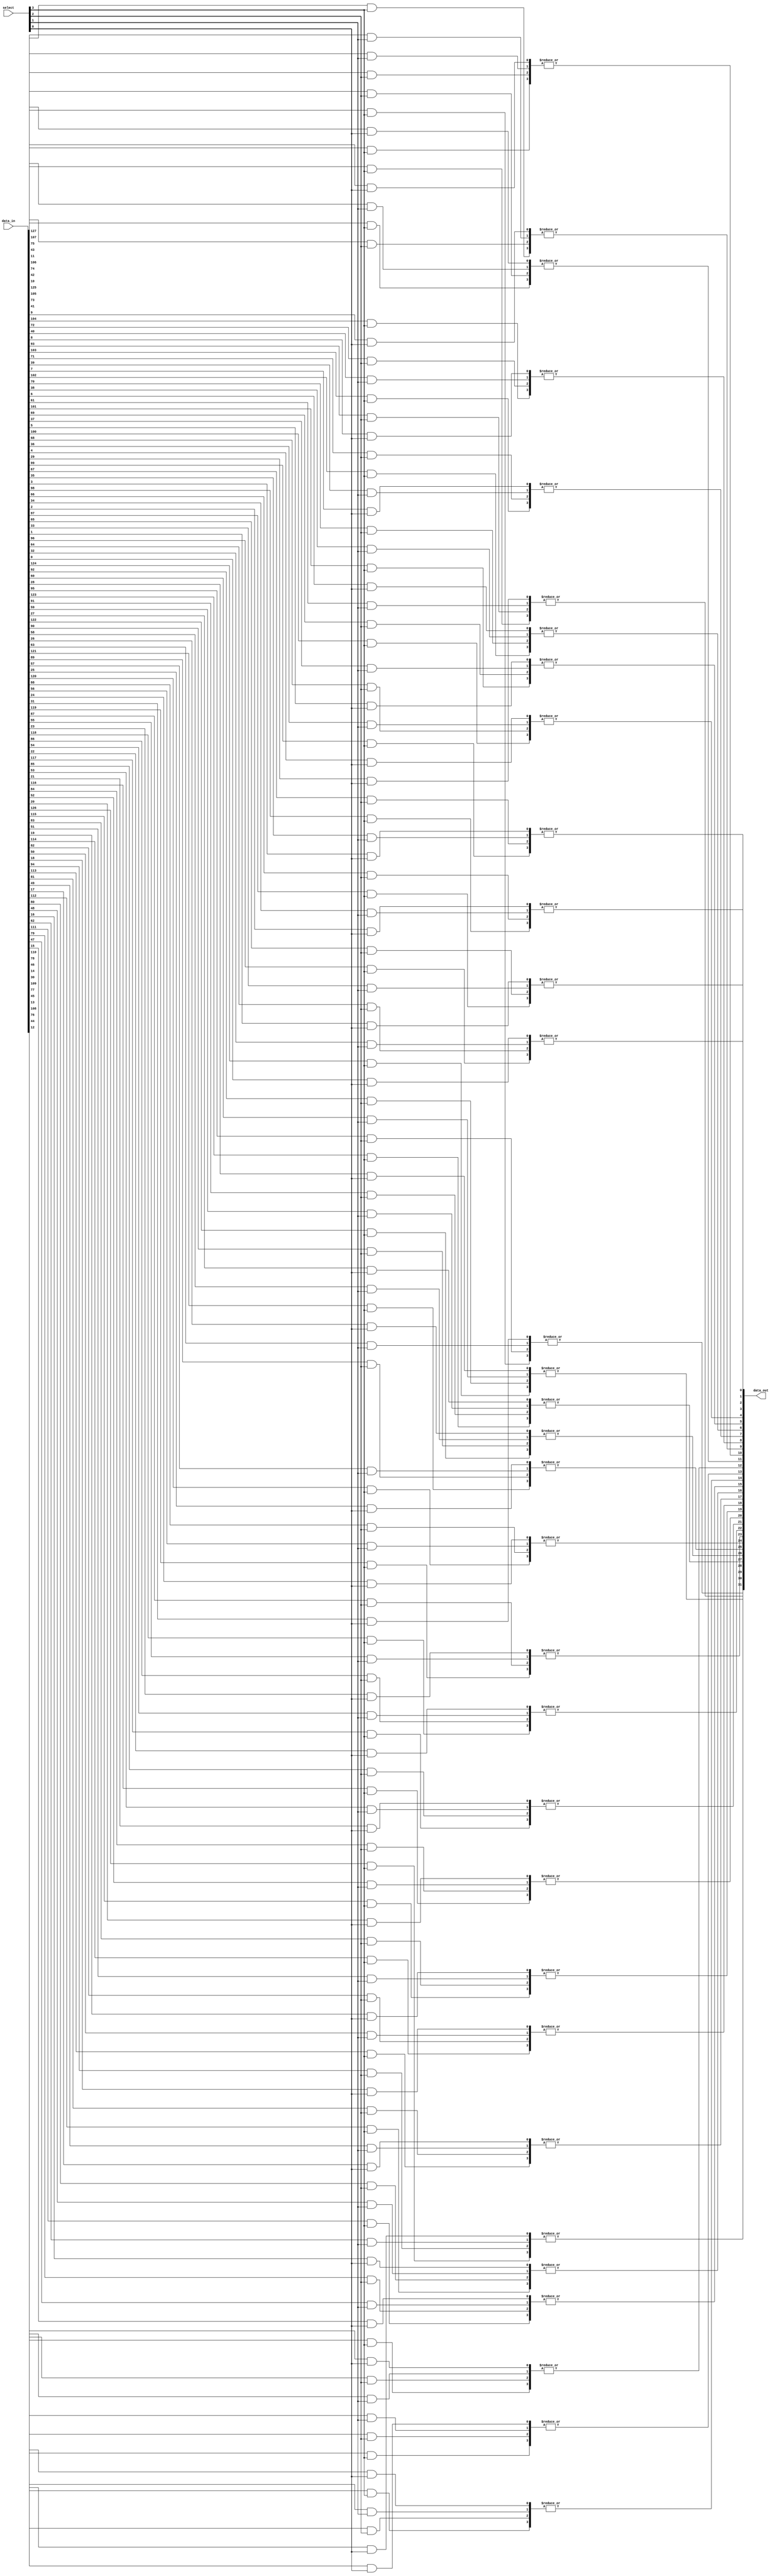
module c_select_1ofn
  (select, data_in, data_out);
   
   // number of input ports
   parameter num_ports = 4;
   
   // width of each port
   parameter width = 32;
   
   // control signal to select active port
   input [0:num_ports-1] select;
   
   // vector of inputs
   input [0:num_ports*width-1] data_in;
   
   // result
   output [0:width-1] data_out;
   wire [0:width-1] data_out;
   
   generate
      
      genvar 	    i;
      for(i = 0; i < width; i = i + 1)
	begin:width_loop
	   
	   wire [0:num_ports-1] port_bits;
	   
	   genvar 		j;
	   for(j = 0; j < num_ports; j = j + 1)
	     begin:ports_loop
		assign port_bits[j] = data_in[i+j*width] & select[j];
	     end
	   
	   assign data_out[i] = |port_bits;
	   
	end
      
   endgenerate
   
endmodule